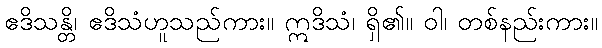
ဧဒိသန္တိ၊ ဧဒိသံဟူသည်ကား။ ဣဒိသံ၊ ရှိ၏။ ဝါ၊ တစ်နည်းကား။